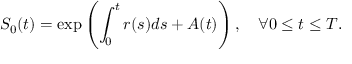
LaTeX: S _ { 0 } ( t ) = \exp \left( \int _ { 0 } ^ { t } r ( s ) d s + A ( t ) \right) , \quad \forall 0 \leq t \leq T .